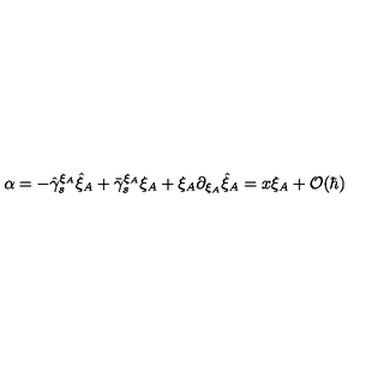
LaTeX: \alpha = - \hat { \gamma } _ { s } ^ { \xi _ { A } } \hat { \xi } _ { A } + \bar { \gamma } _ { s } ^ { \xi _ { A } } \xi _ { A } + \xi _ { A } \partial _ { \xi _ { A } } \hat { \xi } _ { A } = x \xi _ { A } + { \cal O } ( \hbar )